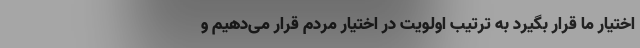
اختیار ما قرار بگیرد به ترتیب اولویت در اختیار مردم قرار می‌دهیم و